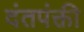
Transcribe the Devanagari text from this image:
दंतपंक्ती